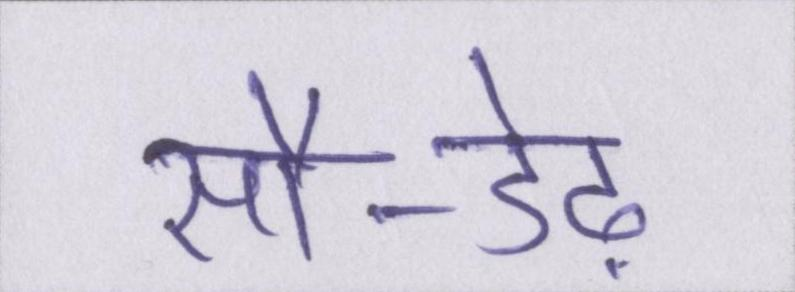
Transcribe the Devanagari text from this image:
सौ-डेढ़